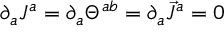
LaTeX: \partial _ { a } J ^ { a } = \partial _ { a } \Theta ^ { a b } = \partial _ { a } \vec { J } ^ { a } = 0